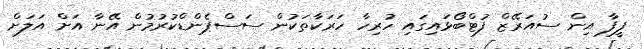
ފީފާ އިން ސުއަރޭޒް ފުޓްބޯޅައިގައި ހުރިހާ ހަރަކާތަކުން ސަސްޕެންޑްކުރުމުން އޭނާ އަށް އަލަށް